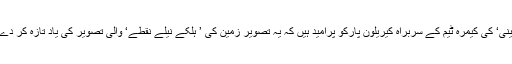
’کاسینی‘ کی کیمرہ ٹیم کے سربراہ کیریلون پارکو پرامید ہیں کہ یہ تصویر زمین کی ’ ہلکے نیلے نقطے‘ والی تصویر کی یاد تازہ کر دے گی۔